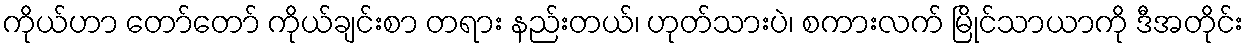
ကိုယ်ဟာ တော်တော် ကိုယ်ချင်းစာ တရား နည်းတယ်၊ ဟုတ်သားပဲ၊ စကားလက် မြိုင်သာယာကို ဒီအတိုင်း